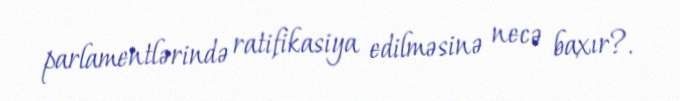
parlamentlərində ratifikasiya edilməsinə necə baxır?.